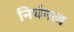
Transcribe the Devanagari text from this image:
निर्धनत्व